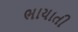
ભાયાતી